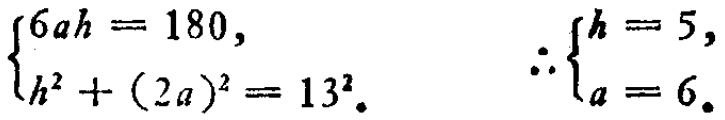
\[\begin{cases}6ah = 180,\\h^{2}+(2a)^{2}=13^{2}.\end{cases} \therefore\begin{cases}h = 5,\\a = 6.\end{cases}\]